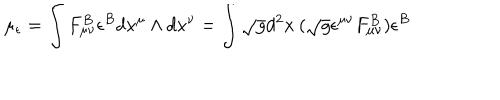
LaTeX: \mu _ { \epsilon } = \int F _ { \mu \nu } ^ { B } \epsilon ^ { B } d x ^ { \mu } \wedge d x ^ { \nu } = \int \sqrt { g } d ^ { 2 } x \: ( \sqrt { g } \epsilon ^ { \mu \nu } F _ { \mu \nu } ^ { B } ) \epsilon ^ { B }